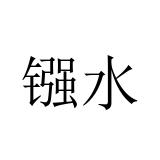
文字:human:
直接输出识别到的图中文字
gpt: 镪水